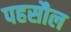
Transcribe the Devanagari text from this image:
पहसौल